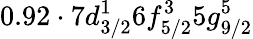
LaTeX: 0.92\cdot 7d_{3/2}^{1}6f_{5/2}^{3}5g_{9/2}^{5}